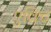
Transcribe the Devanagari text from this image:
एक्टि